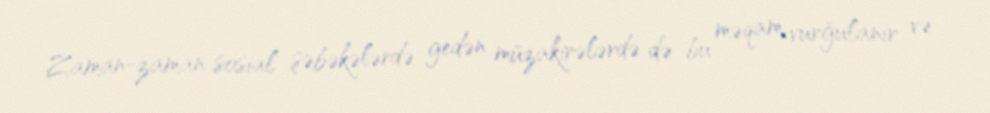
Zaman-zaman sosial şəbəkələrdə gedən müzakirələrdə də bu məqam vurğulanır və